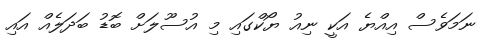
ނަމަވެސް އިއްޔެ އަކީ ނިއު ޔޯކްގައި މި އުސޫލަށް ބޮޑު ބަދަލެއް އައި